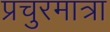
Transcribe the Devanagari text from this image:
प्रचुरमात्रा